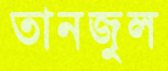
তানজুল